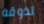
تذوقه